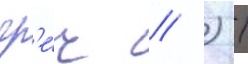
гр'е́ч // ) /